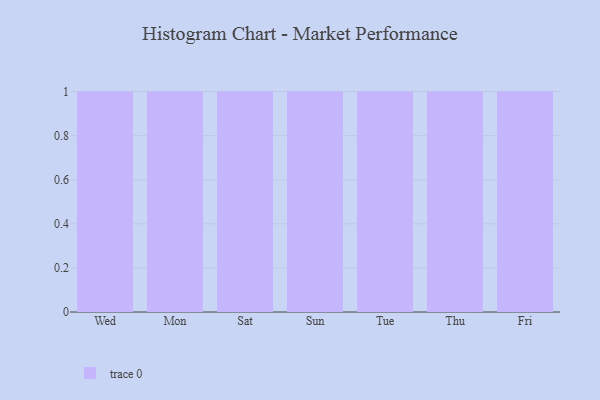
{"axis": {"x": "Day", "y": "Headcount"}, "legend": [""], "data": [{"x": "Wed", "y": 5, "type": ""}, {"x": "Mon", "y": 51, "type": ""}, {"x": "Sat", "y": 25, "type": ""}, {"x": "Sun", "y": 28, "type": ""}, {"x": "Tue", "y": 61, "type": ""}, {"x": "Thu", "y": 9, "type": ""}, {"x": "Fri", "y": 18, "type": ""}]}